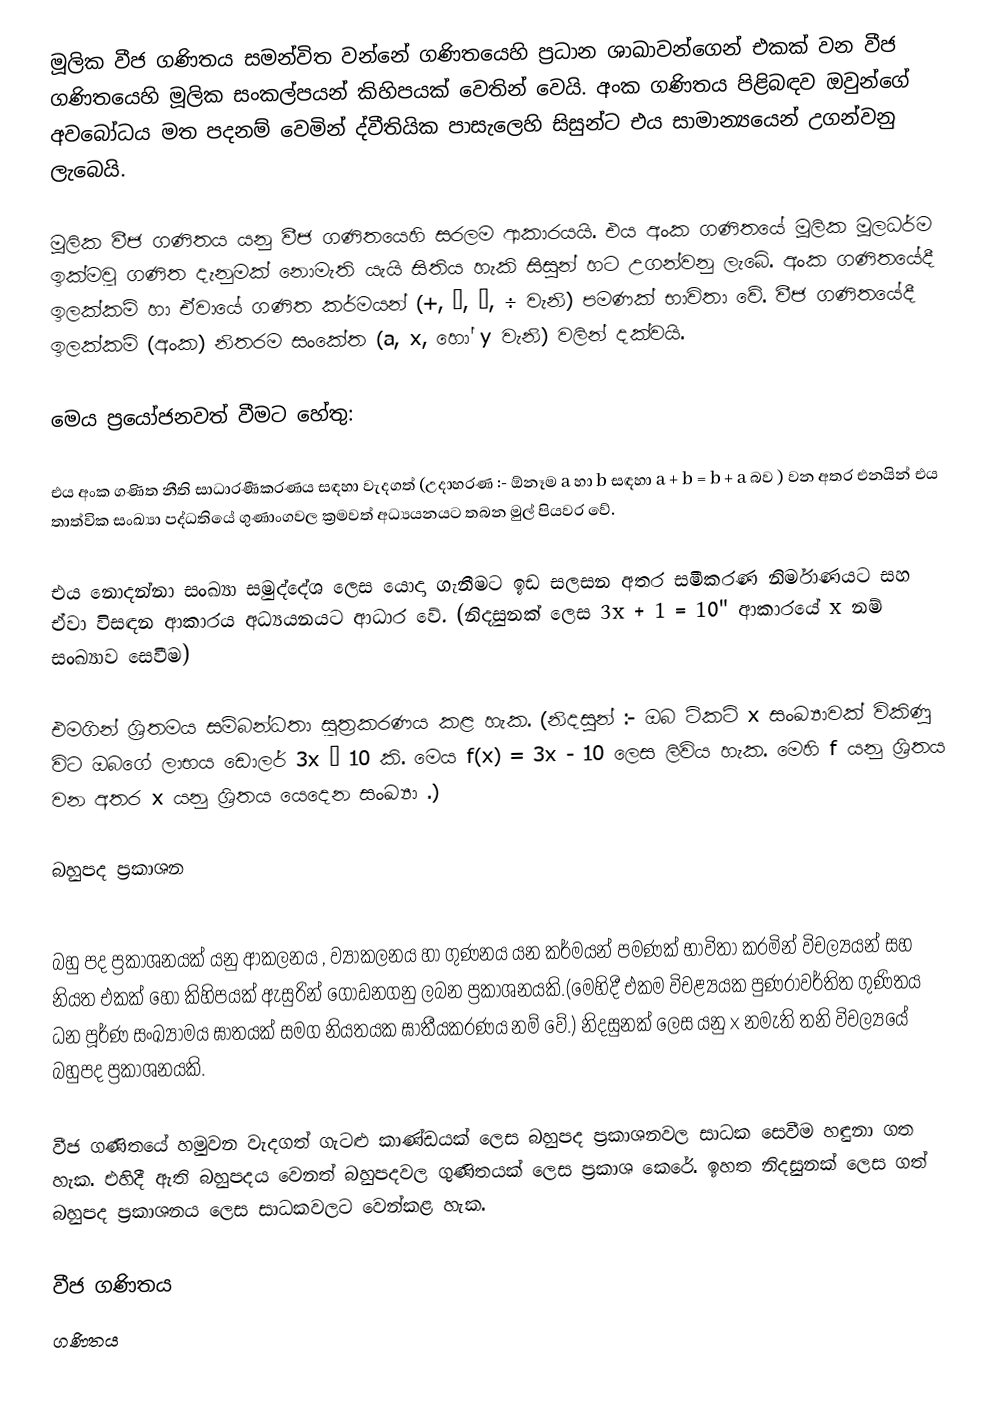
මූලික වීජ ගණිතය සමන්විත වන්නේ  ගණිතයෙහි ප්‍රධාන ශාඛාවන්ගෙන් එකක් වන වීජ ගණිතයෙහි මූලික සංකල්පයන් කිහිපයක් වෙතින් වෙයි. අංක ගණිතය පිළිබඳව ඔවුන්ගේ අවබෝධය මත පදනම් වෙමින් ද්වීතියික පාසැලෙහි සිසුන්ට එය සාමාන්‍යයෙන් උගන්වනු ලැබෙයි.

මූලික වීජ ගණිතය යනු වීජ ගණිතයෙහි සරලම ආකාරයයි. එය අංක ගණිතයේ මූලික මූලධර්ම ඉක්මවූ ගණිත දැනුමක් නොමැති යැයි සිතිය හැකි සිසුන් හට උගන්වනු ලැබේ. අංක ගණිතයේදී ඉලක්කම් හා ඒවායේ ගණිත කර්මයන් (+, −, ×, ÷ වැනි) පමණක් භාවිතා වේ. වීජ ගණිතයේදී ඉලක්කම් (අංක) නිතරම සංකේත (a, x, හෝ y වැනි) වලින් දක්වයි.

මෙය ප්‍රයෝජනවත් වීමට හේතු:

	එය අංක ගණිත නීති සාධාරණීකරණය සඳහා වැදගත් (උදාහරණ :- ඕනෑම a හා b සඳහා a + b = b + a බව ) වන අතර එනයින් එය තාත්වික සංඛ්‍යා පද්ධතියේ ගුණාංගවල ක්‍රමවත් අධ්‍යයනයට තබන මුල් පියවර වේ.

	එය නොදන්නා සංඛ්‍යා සමුද්දේශ ලෙස යොදා ගැනීමට ඉඩ සලසන අතර සමීකරණ නිර්මාණයට සහ ඒවා විසඳන ආකාරය අධ්‍යයනයට ආධාර වේ. (නිදසුනක් ලෙස  3x + 1 = 10" ආකාරයේ x නම් සංඛ්‍යාව සෙවීම)

	එමගින් ශ්‍රිතමය සම්බන්ධතා සූත්‍රකරණය කළ හැක. (නිදසුන් :- ඔබ ටිකට් x සංඛ්‍යාවක් විකිණූ විට ඔබගේ ලාභය ඩොලර් 3x – 10 කි. මෙය  f(x) = 3x - 10 ලෙස ලිවිය හැක. මෙහි f යනු ශ්‍රිතය වන අතර x යනු ශ්‍රිතය  යෙදෙන සංඛ්‍යා .)

බහුපද ප්‍රකාශන

බහු පද ප්‍රකාශනයක් යනු ආකලනය , ව්‍යාකලනය හා ගුණනය යන කර්මයන් පමණක් භාවිතා කරමින් විචල්‍යයන් සහ නියත එකක් හෝ කිහිපයක් ඇසුරින් ගොඩනගනු ලබන ප්‍රකාශනයකි.(මෙහිදී එකම විචළ්‍යයක පුණරාවර්තිත ගුණිතය ධන පූර්ණ සංඛ්‍යාමය ඝාතයක් සමග නියතයක ඝාතීයකරණය නම් වේ.) නිදසුනක් ලෙස   යනු x නමැති තනි විචල්‍යයේ බහුපද ප්‍රකාශනයකි.

වීජ ගණිතයේ හමුවන වැදගත් ගැටළු කාණ්ඩයක් ලෙස බහුපද ප්‍රකාශනවල සාධක සෙවීම හඳුනා ගත හැක. එහිදී ඇති බහුපදය වෙනත් බහුපදවල ගුණිතයක් ලෙස ප්‍රකාශ කෙරේ. ඉහත නිදසුනක් ලෙස ගත් බහුපද ප්‍රකාශනය     ලෙස සාධකවලට වෙන්කළ හැක.

වීජ ගණිතය
ගණිතය